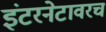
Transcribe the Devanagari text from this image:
इंटरनेटावरच